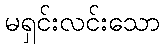
မရှင်းလင်းသော